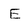
Character: E